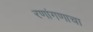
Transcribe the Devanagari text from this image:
रणांगणाचा